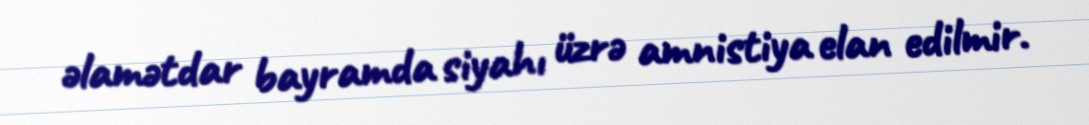
əlamətdar bayramda siyahı üzrə amnistiya elan edilmir.